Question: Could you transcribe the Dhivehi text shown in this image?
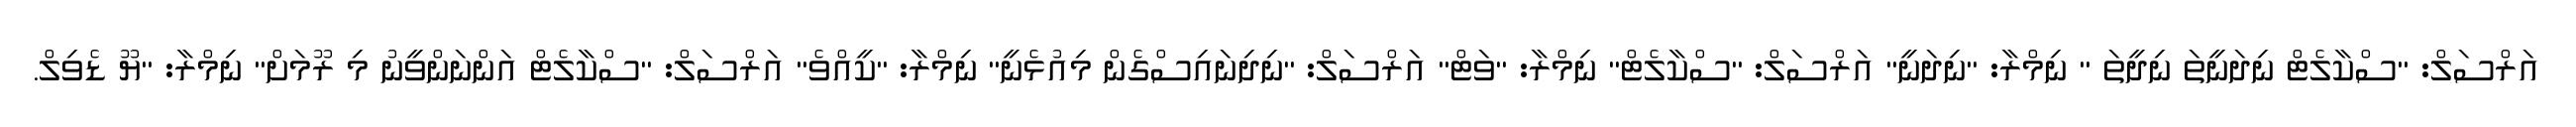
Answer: އަރްސަލް: "ސްކާލެޓް ނިދަނީތަ ނިދީތަ " ނިމްރާ: "ނިދަނީ" އަރްސަލް: "ސްކާލެޓް" ނިމްރާ: "ވަޓް" އަރްސަލް: "ނިދިނައިސްގެން މިއުޅެނީ" ނިމްރާ: "ކީއްވެ" އަރްސަލް: "ސްކާލެޓް އަންނަންވީނު މި ރޫމަށް" ނިމްރާ: "ޔޫ ޑެވިލް.